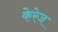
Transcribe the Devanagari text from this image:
केरेज